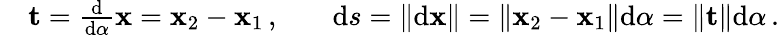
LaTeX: \begin{array}{rlrl}&{\mathbf{t}=\frac{\mathrm{d}}{\mathrm{d}\alpha}\mathbf{x}=\mathbf{x}_{2}-\mathbf{x}_{1}\, ,}&&{\mathrm{d}s=\| \mathrm{d}\mathbf{x}\| =\| \mathbf{x}_{2}-\mathbf{x}_{1}\| \mathrm{d}\alpha=\| \mathbf{t}\| \mathrm{d}\alpha\, .}\end{array}